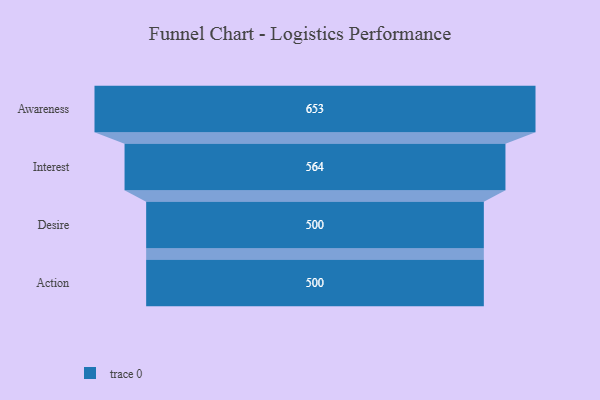
{"axis": {"x": "Stage", "y": "Value"}, "legend": [""], "data": [{"x": "Awareness", "y": 653.0, "type": ""}, {"x": "Interest", "y": 564.0, "type": ""}, {"x": "Desire", "y": 500, "type": ""}, {"x": "Action", "y": 500, "type": ""}]}